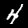
Label: 4